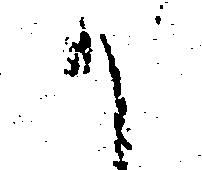
か